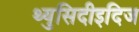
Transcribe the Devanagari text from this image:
थ्युसिदीइदिज